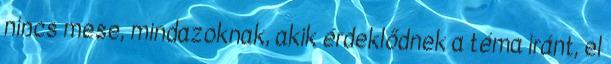
nincs mese, mindazoknak, akik érdeklődnek a téma iránt, el